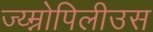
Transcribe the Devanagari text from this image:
ज्य्म्नोपिलीउस